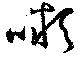
嚬